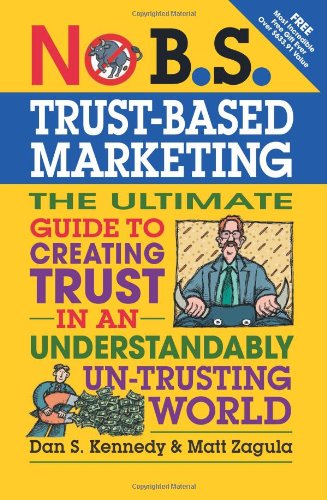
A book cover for No B.S. Trust Based Marketing: The Ultimate Guide to Creating Trust in an Understandibly Un-trusting World; Matt Zagula; Business & Money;